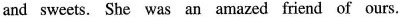
and sweets. She was an amazed friend of ours.